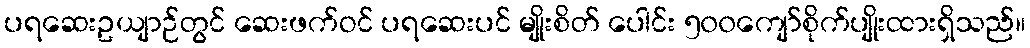
ပရဆေးဥယျာဉ်တွင် ဆေးဖက်ဝင် ပရဆေးပင် မျိုးစိတ် ပေါင်း ၅၀၀ကျော်စိုက်ပျိုးထားရှိသည်။